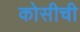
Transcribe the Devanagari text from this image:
कोसीची